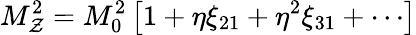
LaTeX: M_{\mathcal{Z}}^{2}=M_{0}^{2}\left[1+\eta\xi_{21}+\eta^{2}\xi_{31}+\cdots\right]